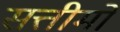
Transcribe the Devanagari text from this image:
सत्तीमो